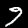
Digit: 9